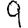
Digit: 9